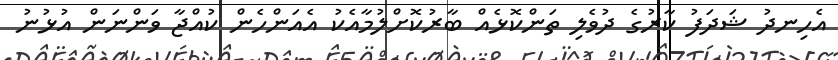
އެހިނދު ޝަދަފު ކާރުގެ ދުވެލި ތަންކޮޅެއް ބާރުކޮށްލުމާއެކު އެއަންހެން ކުއްޖާ ވަންނަން އުޅުނު